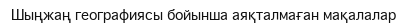
Шыңжаң географиясы бойынша аяқталмаған мақалалар